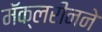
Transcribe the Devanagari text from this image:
मॅक्लरीनने